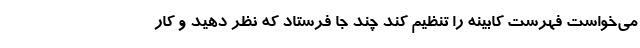
می‌خواست فهرست کابینه را تنظیم کند چند جا فرستاد که نظر دهید و کار